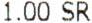
1.00 SR